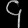
Digit: ၄